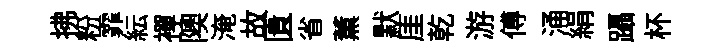
拂粉霏紜襌隩淹故匱省薫默厓乾游傅涌絹躡杯